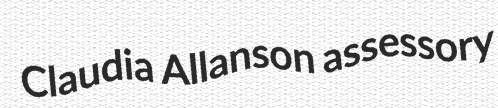
Claudia Allanson assessory